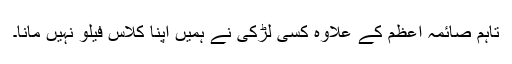
تاہم صائمہ اعظم کے علاوہ کسی لڑکی نے ہمیں اپنا کلاس فیلو نہیں مانا۔